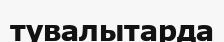
тувалытарда